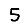
Digit: 5